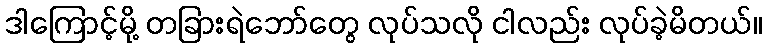
ဒါကြောင့်မို့ တခြားရဲဘော်တွေ လုပ်သလို ငါလည်း လုပ်ခဲ့မိတယ်။